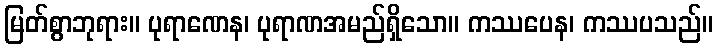
မြတ်စွာဘုရား။ ပုရာဏေန၊ ပုရာဏအမည်ရှိသော။ ကဿပေန၊ ကဿပသည်။